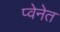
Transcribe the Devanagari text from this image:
प्वेनेत